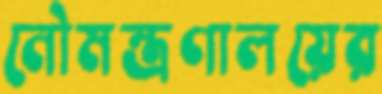
নৌমন্ত্রণালয়ের